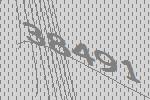
38491